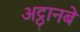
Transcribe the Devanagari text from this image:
अट्ठानबे